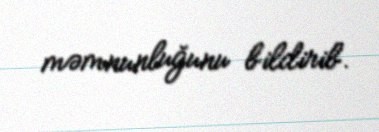
məmnunluğunu bildirib.